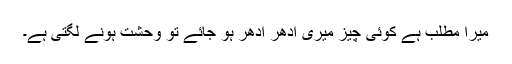
میرا مطلب ہے کوئی چیز میری اِدھر اُدھر ہو جائے تو وحشت ہونے لگتی ہے۔